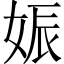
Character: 娠